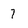
Character: 7